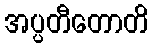
အပ္ပတီတောတိ